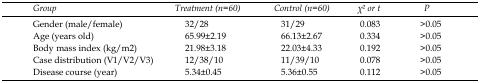
<table><thead><tr><td><b>Group</b></td><td><b>Treatment (n=60)</b></td><td><b>Control (n=60)</b></td><td><b>χ2 or t</b></td><td><b>P</b></td></tr></thead><tbody><tr><td>Gender (male/female)</td><td>32/28</td><td>31/29</td><td>0.083</td><td>&gt;0.05</td></tr><tr><td>Age (years old)</td><td>65.99±2.19</td><td>66.13±2.67</td><td>0.334</td><td>&gt;0.05</td></tr><tr><td>Body mass index (kg/m<sup>2</sup>)</td><td>21.98±3.18</td><td>22.03±4.33</td><td>0.192</td><td>&gt;0.05</td></tr><tr><td>Case distribution (V1/V2/V3)</td><td>12/38/10</td><td>11/39/10</td><td>0.078</td><td>&gt;0.05</td></tr><tr><td>Disease course (year)</td><td>5.34±0.45</td><td>5.36±0.55</td><td>0.112</td><td>&gt;0.05</td></tr></tbody></table>